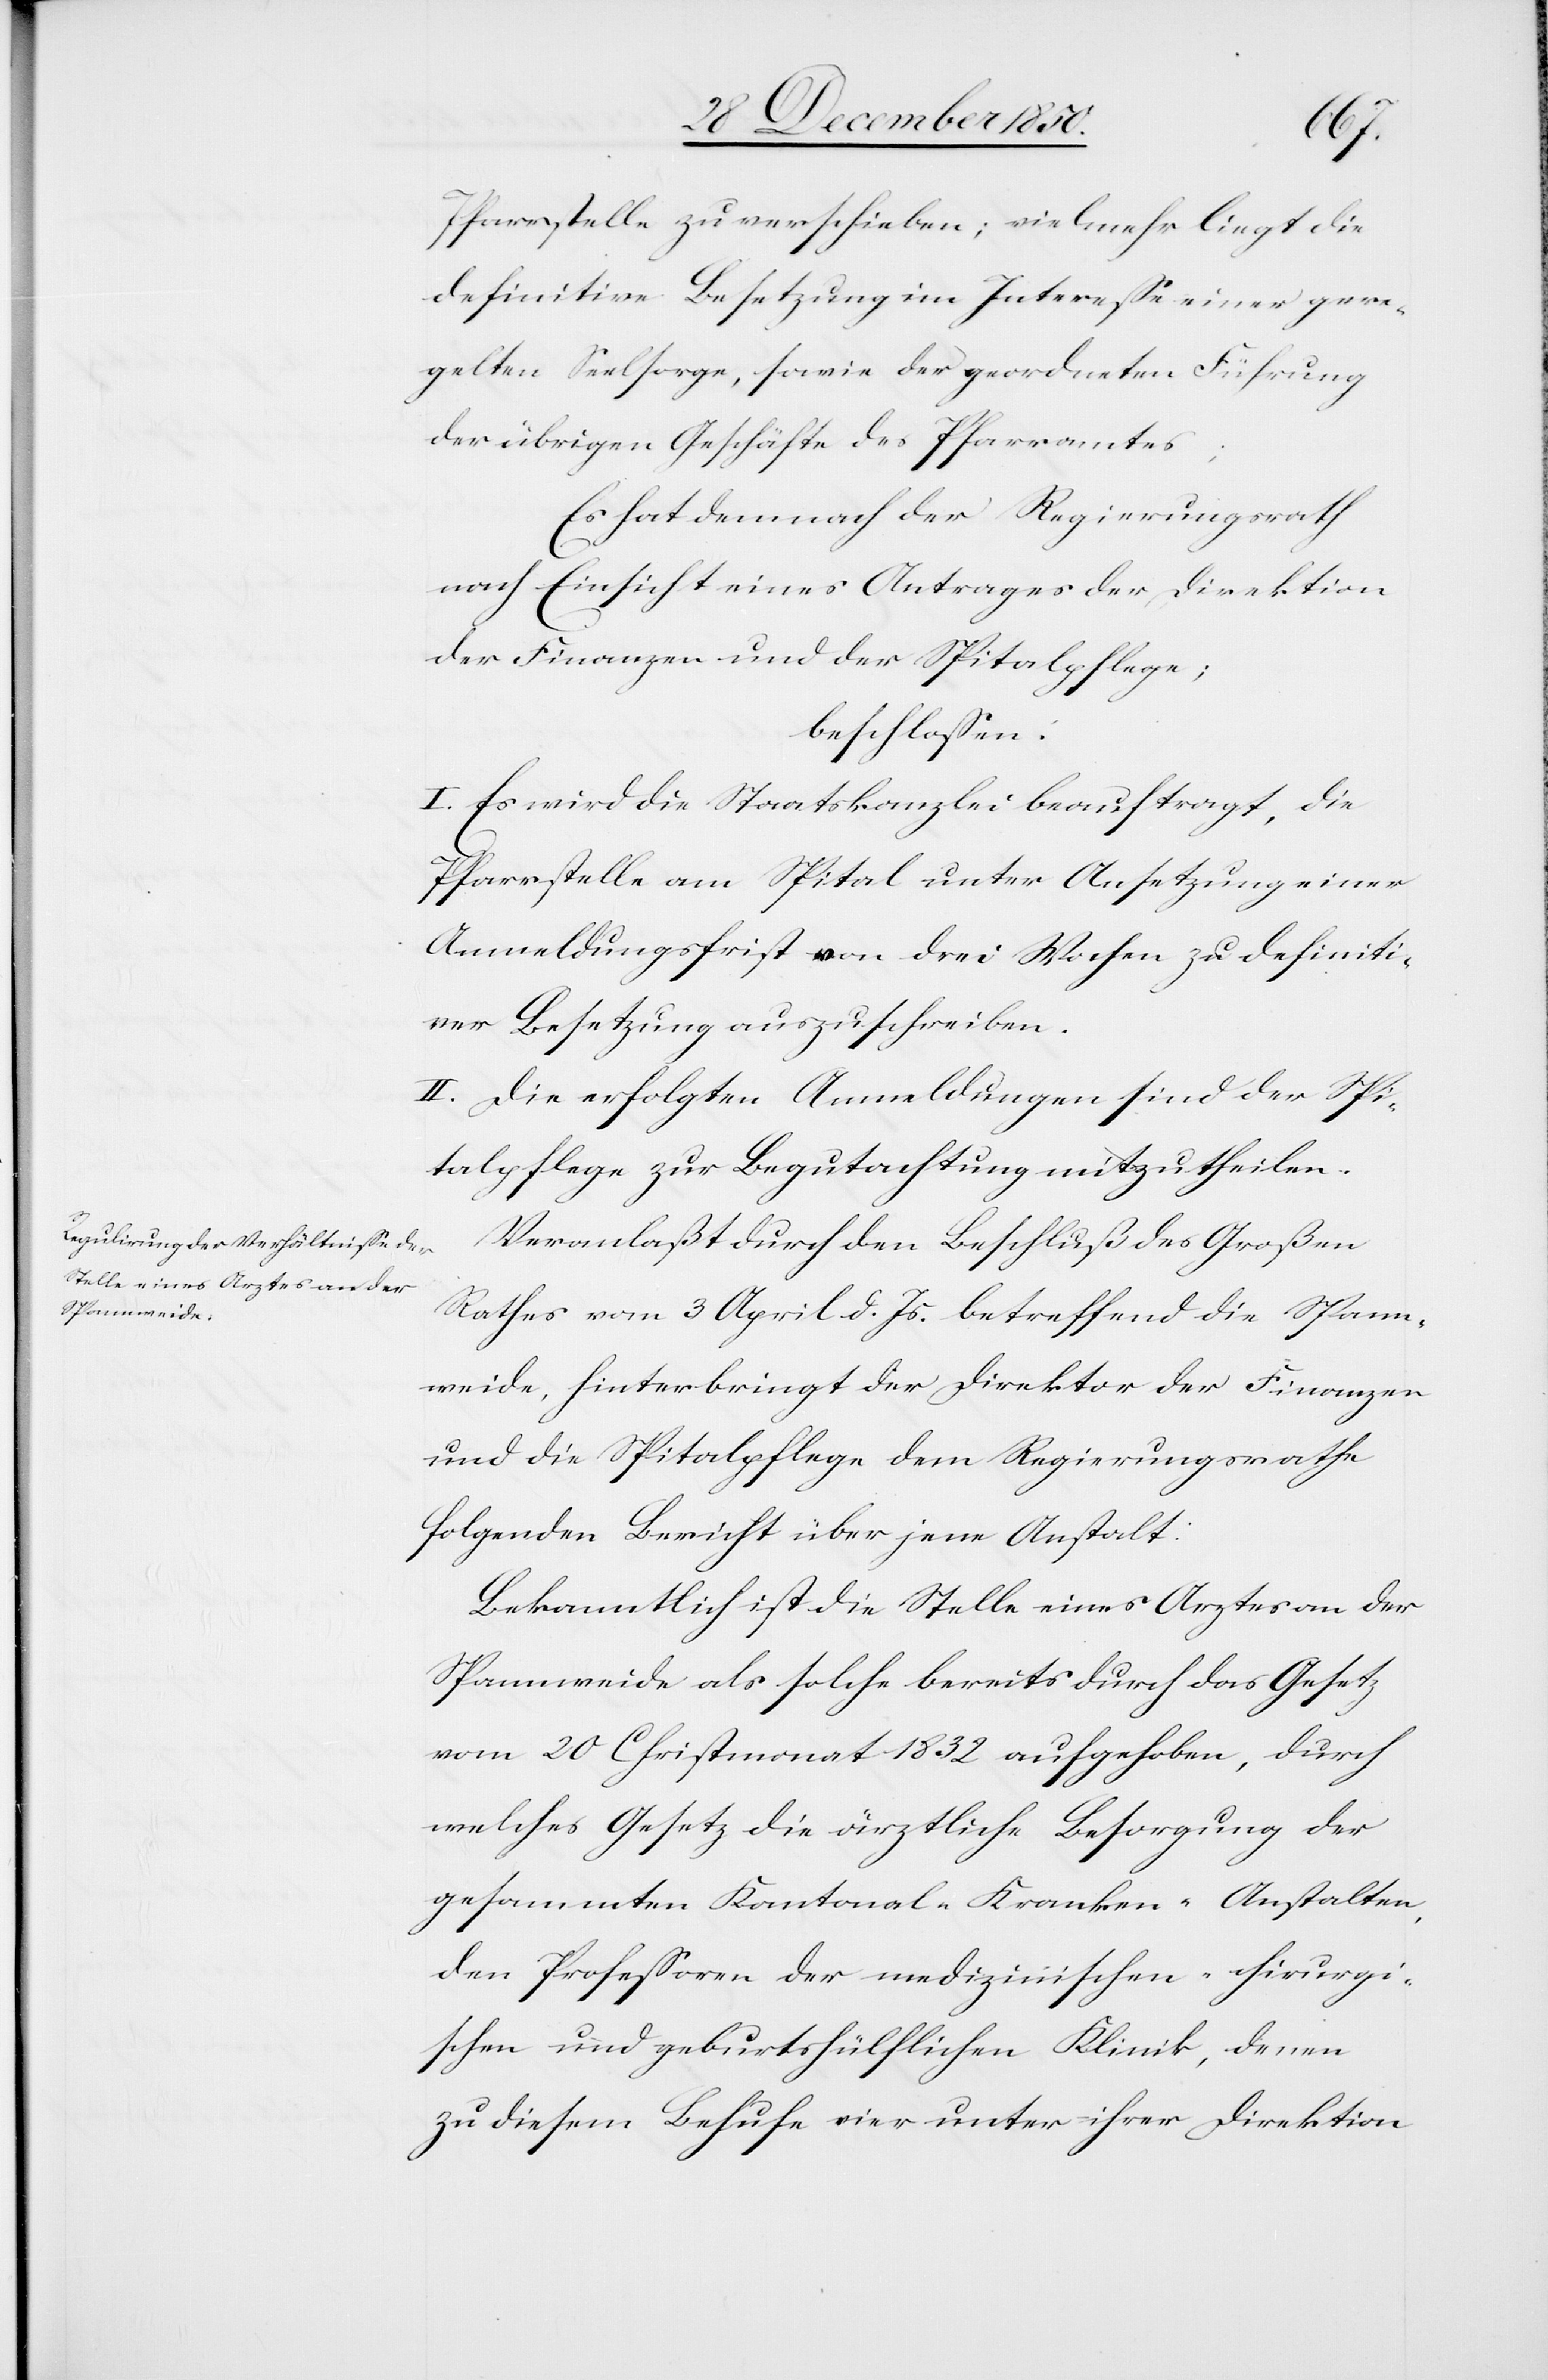
Pfarrstelle zu verschieben; vielmehr liegt die
definitive Besetzung im Interesse einer gere¬
gelten Seelsorge, sowie der geordneten Führung
der übrigen Geschäfte des Pfarramtes;
Es hat demnach der Regierungsrath
nach Einsicht eines Antrages der Direktion
der Finanzen und der Spitalpflege;
beschlossen:
I. Es wird die Staatskanzlei beauftragt, die
Pfarrstelle am Spital unter Ansetzung einer
Anmeldungsfrist von drei Wochen zu definiti¬
ver Besetzung auszuschreiben.
II. Die erfolgten Anmeldungen sind der Spi¬
talpflege zur Begutachtung mitzutheilen.
Veranlaßt durch den Beschluß des Großen
Rathes vom 3 April d. Js. betreffend die Spann¬
weide, hinterbringt der Direktor der Finanzen
und die Spitalpflege dem Regierungsrathe
folgenden Bericht über jene Anstalt:
Bekanntlich ist die Stelle eines Arztes an der
Spannweide als solche bereits durch das Gesetz
vom 20 Christmonat 1832 aufgehoben, durch
welches Gesetz die ärztliche Besorgung der
gesammten Kantonal-Kranken-Anstalten,
den Professoren der medizinischen-chirurgi¬
schen und geburtshülflichen Klinik, denen
zu diesem Behufe vier unter ihrer Direktion